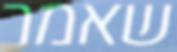
שאמר